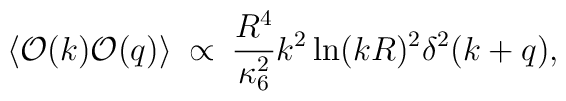
\left < {\cal{O}}(k) {\cal{O}}(q) \right >  \hspace{1mm} \propto \hspace{1mm} \frac{R^4}{\kappa_6^2} k^2 \ln (kR)^2 \delta^2(k+q),